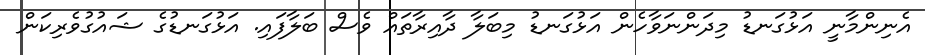
އެނިންމާނީ އަޅުގަނޑު މިދަންނަވާހެން އަޅުގަނޑު މިބަލާ ދާއިރާތައް ވެސް ބަލާފައި. އަޅުގަނޑުގެ ޝައުގުވެރިކަން